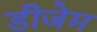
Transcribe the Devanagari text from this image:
डीजेम